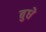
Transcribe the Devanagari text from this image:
बुधे